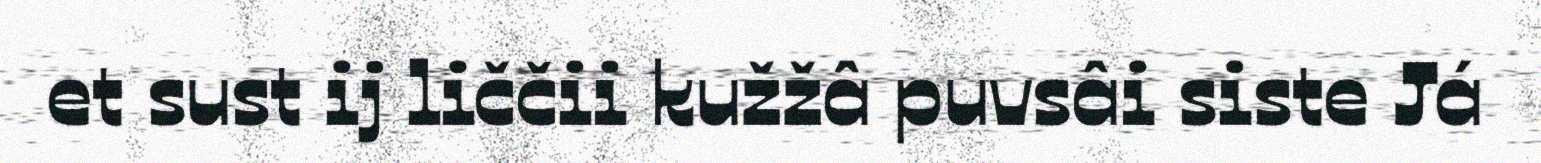
et sust ij liččii kužžâ puvsâi siste Já